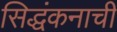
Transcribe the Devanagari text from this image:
सिद्धंकनाची